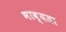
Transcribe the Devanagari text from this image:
भाव्‍यता